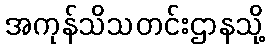
အကုန်သိသတင်းဌာနသို့